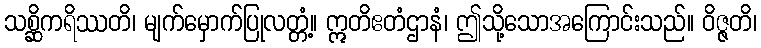
သစ္ဆိကရိဿတိ၊ မျက်မှောက်ပြုလတ္တံ့။ ဣတိဧတံဌာနံ၊ ဤသို့သောအကြောင်းသည်။ ဝိဇ္ဇတိ၊